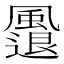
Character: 𩘬